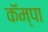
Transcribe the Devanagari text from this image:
कॅम्पा